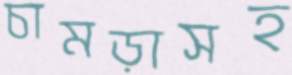
চামড়াসহ